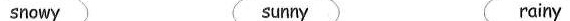
snowγ snmy rainy